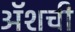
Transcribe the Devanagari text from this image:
ॲशची